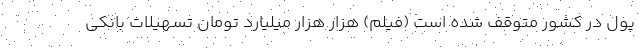
پول در کشور متوقف شده است (فیلم) هزار هزار میلیارد تومان تسهیلات بانکی